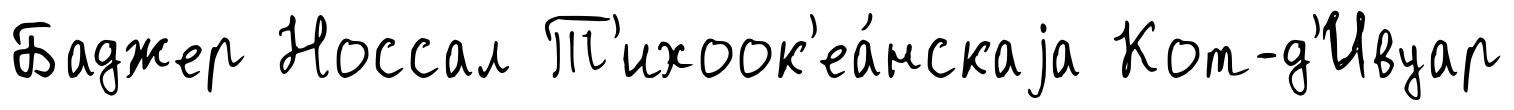
Баджер Носсал Т'ихоок'еа́нскаjа Кот-д'Ивуар